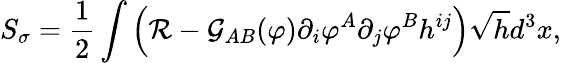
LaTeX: S_{\sigma}=\frac{1}{2}\int\left({\cal R}-{\cal G}_{AB}(\varphi)\partial_{i}\varphi^{A}\partial_{j}\varphi^{B}h^{ij}\right)\sqrt{h}d^{3}x,